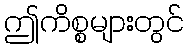
ဤကိစ္စများတွင်